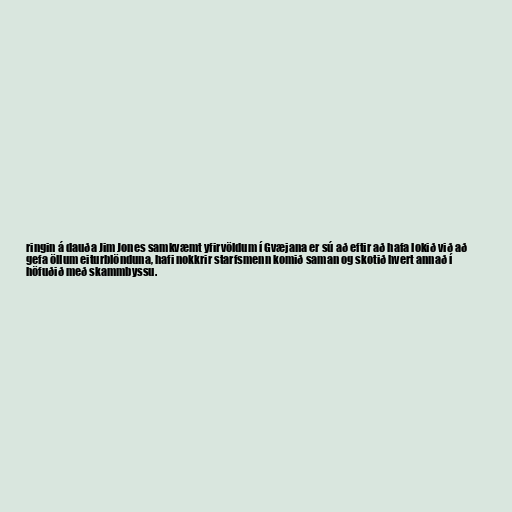
ringin á dauða Jim Jones samkvæmt yfirvöldum í Gvæjana er sú að eftir að hafa lokið við að
gefa öllum eiturblönduna, hafi nokkrir starfsmenn komið saman og skotið hvert annað í
höfuðið með skammbyssu.